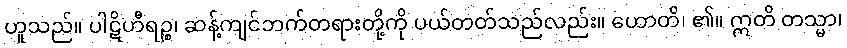
ဟူသည်။ ပါဋိဟီရဉ္စ၊ ဆန့်ကျင်ဘက်တရားတို့ကို ပယ်တတ်သည်လည်း။ ဟောတိ၊ ၏။ ဣတိ တသ္မာ၊